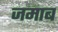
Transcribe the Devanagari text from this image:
जमाब